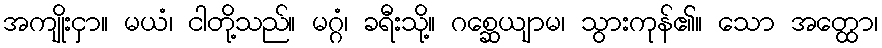
အကျိုးငှာ။ မယံ၊ ငါတို့သည်။ မဂ္ဂံ၊ ခရီးသို့။ ဂစ္ဆေယျာမ၊ သွားကုန်၏။ သော အတ္ထော၊